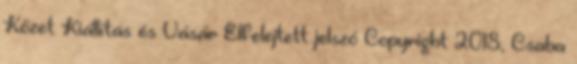
Kőzet Kiállítás és Vásár Elfelejtett jelszó Copyright 2018, Csaba